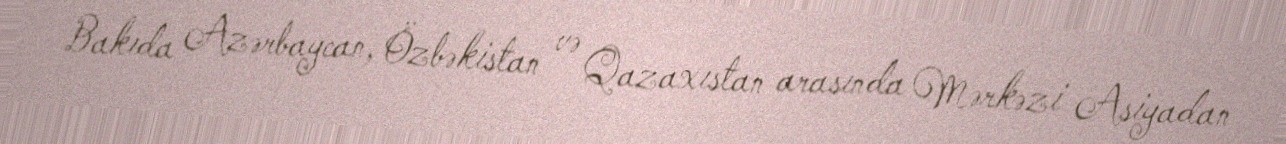
Bakıda Azərbaycan, Özbəkistan və Qazaxıstan arasında Mərkəzi Asiyadan